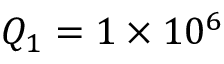
Q _ { 1 } = 1 \times 1 0 ^ { 6 }